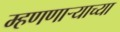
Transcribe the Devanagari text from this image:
म्हणणार्‍याच्या